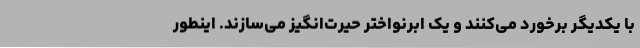
با یکدیگر برخورد می‌کنند و یک ابرنواختر حیرت‌انگیز می‌سازند. اینطور